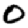
Digit: 0